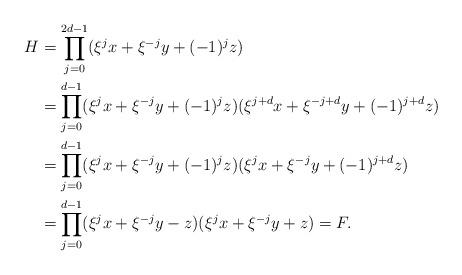
LaTeX: \begin{align*} H&=\prod^{2d-1}_{j=0}(\xi^{j}x+\xi^{-j}y+(-1)^{j}z)\\ & = \prod^{d-1}_{j=0}(\xi^{j}x+\xi^{-j}y+(-1)^{j}z)(\xi^{j+d}x+\xi^{-j+d}y+(-1)^{j+d}z)\\ & = \prod^{d-1}_{j=0}(\xi^{j}x+\xi^{-j}y+(-1)^{j}z)(\xi^{j}x+\xi^{-j}y+(-1)^{j+d}z)\\ & = \prod^{d-1}_{j=0}(\xi^{j}x+\xi^{-j}y-z)(\xi^{j}x+\xi^{-j}y+z)=F. \end{align*}